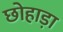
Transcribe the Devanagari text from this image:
छोहाड़ा